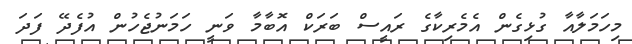
މިހަމަލާއާ ގުޅިގެން އެމެރިކާގެ ރައީސް ބަރަކް އޮބާމާ ވަނީ ހަމަނުޖެހުން އުފެދޭ ފަދަ